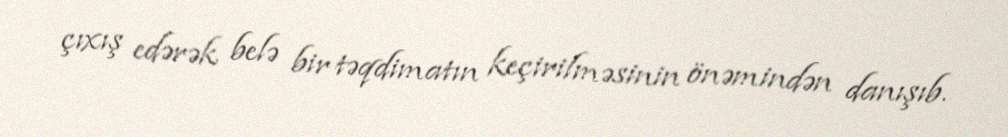
çıxış edərək belə bir təqdimatın keçirilməsinin önəmindən danışıb.